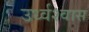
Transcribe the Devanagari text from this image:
उर्ध्वश्वास